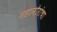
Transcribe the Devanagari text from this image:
महानोरांचा